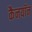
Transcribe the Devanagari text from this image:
कैनयॉन